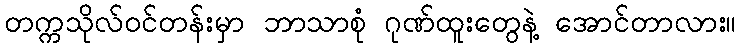
တက္ကသိုလ်ဝင်တန်းမှာ ဘာသာစုံ ဂုဏ်ထူးတွေနဲ့ အောင်တာလား။